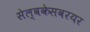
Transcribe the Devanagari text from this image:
सेल्वकेसवरयर